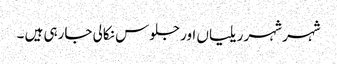
شہر شہر ریلیاں اور جلوس نکالی جارہی ہیں ۔